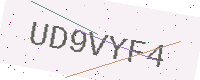
Text: UD9VYF4